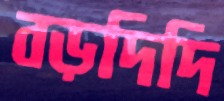
বড়দিদি